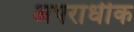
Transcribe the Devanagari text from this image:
अपराधीक